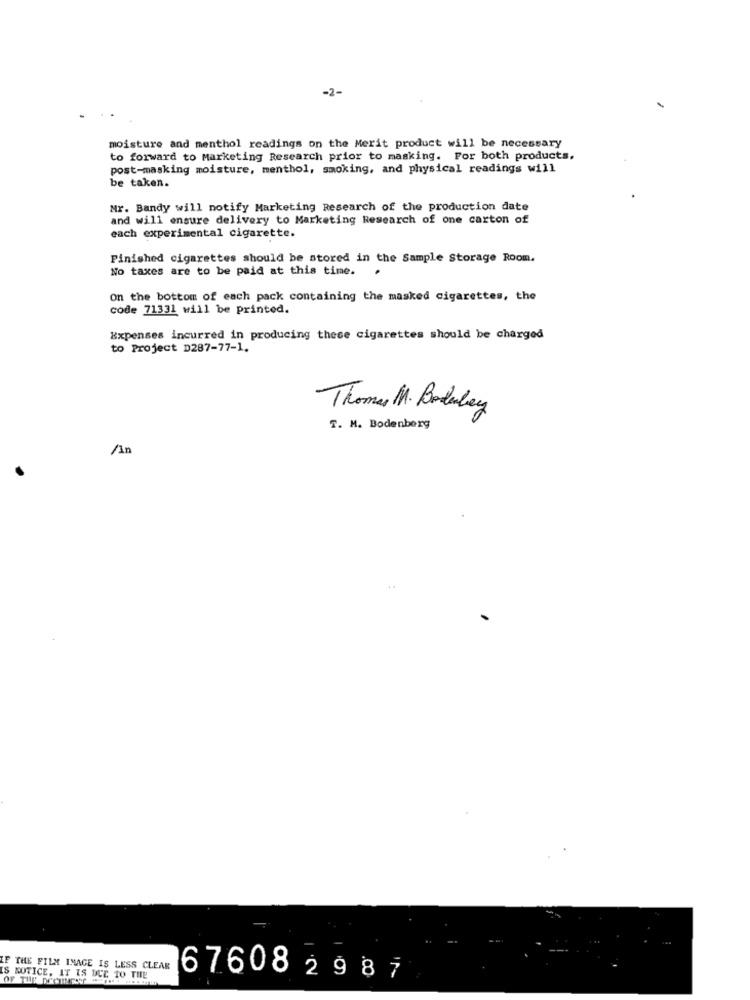
-2-
moisture and menthol readings on the Merit product will be necessary
to forward to Marketing Research prior to masking. For both products.
post-masking moisture, menthol, smoking, and physical readings will
be taken.
Mr. Bandy will notify Marketing Research of the production date
and will ensure delivery to Marketing Research of one carton of
each experimental cigarette.
Finished cigarettes should be stored in the Sample Storage Room.
No taxes are to be paid at this time.
On the bottom of each pack containing the masked cigarettes, the
code 71331 will be printed.
Expenses incurred in producing these cigarettes should be charged
to Project D287-77-1.
Thomas M. Boluley
T. M. Bodenberg
/An
IF THE FILM IMAGE IS LESS CLEAR
IS NOTICE, IT IS DUE TO THE
676082987